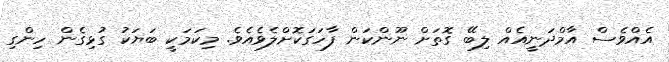
އެއްވެސް އާމްދަނީއެއް ލިބޭ ގޮތަށް ނޫންކަން ފާހަގަކޮށްލެވެއެވެ. މިކަމަކީ ބަޔަކު ގުޅިގެން ހިންގި